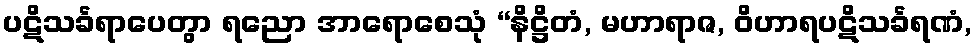
ပဋိသင်္ခရာပေတွာ ရညော အာရောစေသုံ “နိဋ္ဌိတံ, မဟာရာဇ, ဝိဟာရပဋိသင်္ခရဏံ,